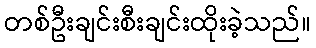
တစ်ဦးချင်းစီးချင်းထိုးခဲ့သည်။